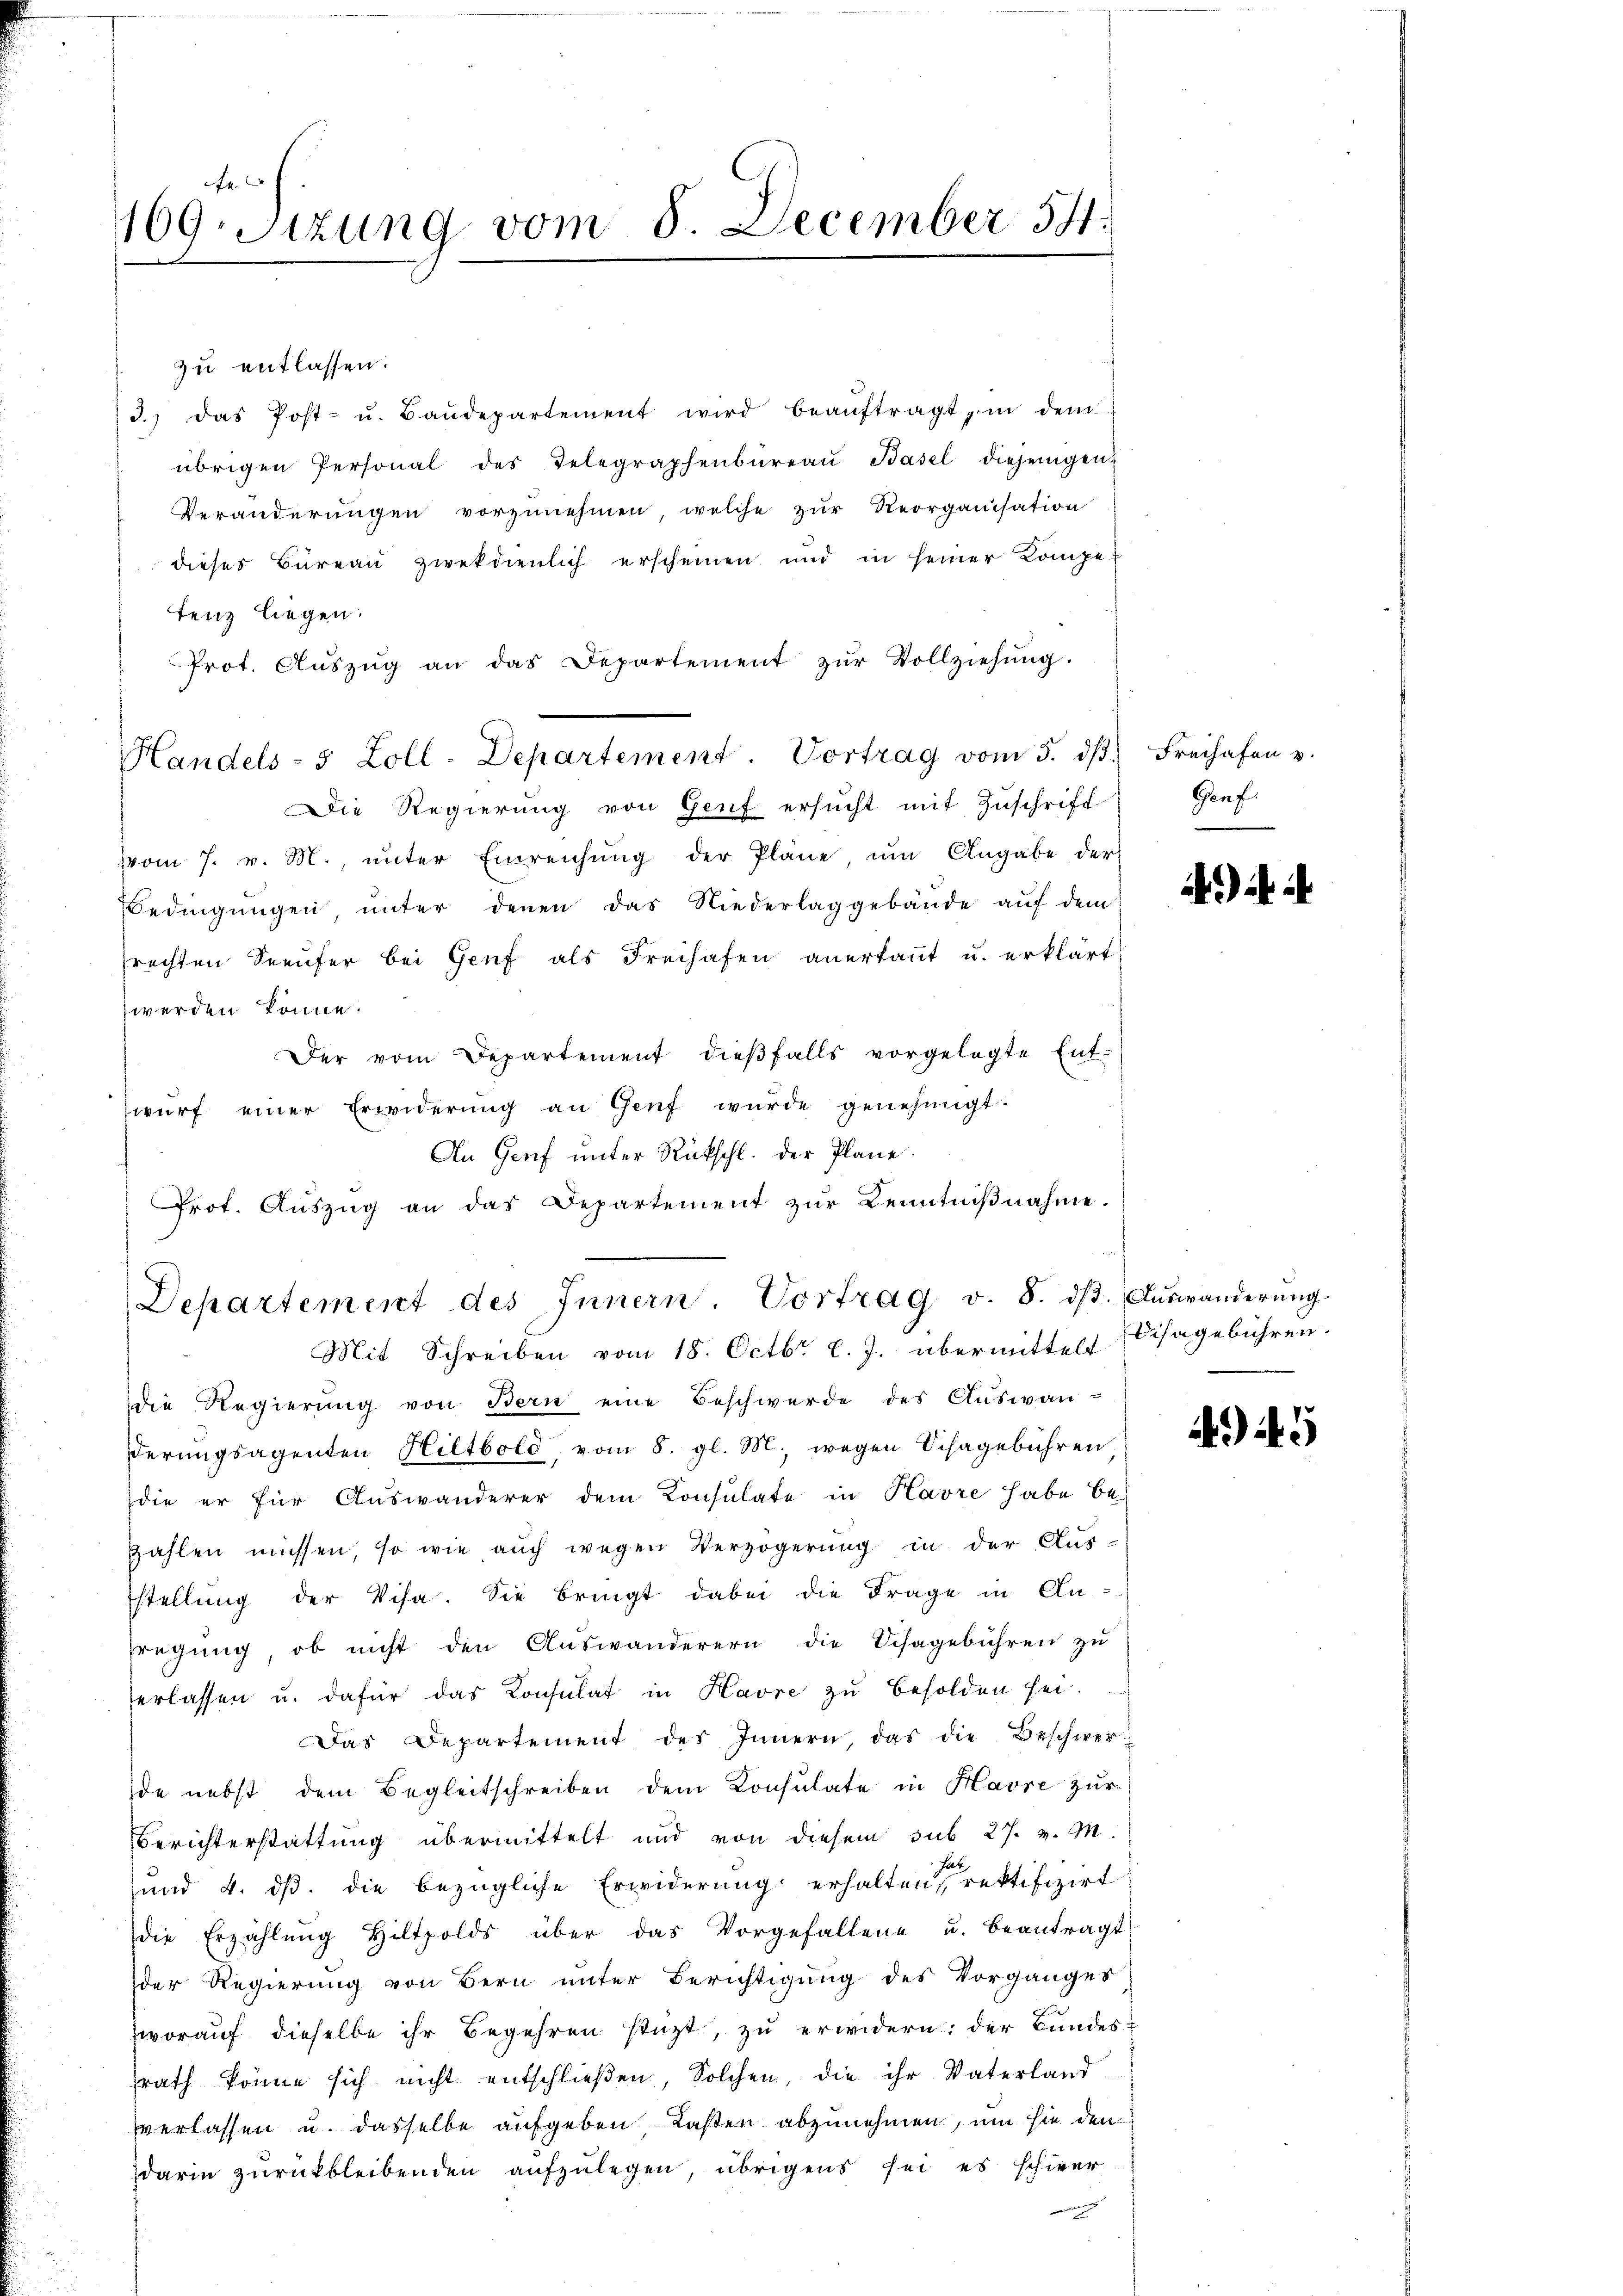
109. Sizung vom 8. December 591.

3.) das Post- u. Baŭdepartement wird beaŭftragt, in dem
übrigen Personal des Telegraphenbüreaŭ Basel diejenigen
Veränderungen vorzunehmen welche zur Reorganisation
dieses Büreaŭ zweckdienlich erscheinen und in seiner Kompetenz liegen.
Prot. Aŭszŭg an das Departement zŭr Vollziehŭng.
Die Regierŭng von Genf ersŭcht mit Zŭschrift Genf.
vom 7. v. M., unter Einreichung der Pläne ŭm Angabe der
Bedingungen, unter denen das Niederlaggebäude auf dem
rechten Seeufer bei Genf als Freihafen anerkannt u. erklärt
werden könne.
Der vom Departement dieβfalls vorgelegte Ent-
wŭrf einer Erwiderŭng an Genf würde genehmigt.
An Genf unter Rückschl. der Plane.
Prot. Auszug an das Departement zur Kenntnißnahme.
Mit Schreiben vom 18. Octbr. l. J. übermittelt (Disagebühren.
die Regierŭng von Bern eine Beschwerde des Auswanderungsagenten Hiltbold, vom 8. gl. M. wegen Schagebühren
die er für Auswanderer dem Konsulate in Havre habe bezahlen müssen, so wie auch wegen Verzögerung in der Aus-
stellung der Visa. Sie bringt dabei die Frage in An-
fregung, ob nicht den Auswanderern die Schagebühren zu
erlassen u. dafür das Consulat in Havre zŭ besolden sei.
Das Departement des Innern, das die Beschwerde nebst dem Begleitschreiben dem Konsulate in Havre zur
Berichterstattung übermittelt und von diesem sub 27. v. M
und 4. dβ. die bezügliche Erwiderung erhalten rektifizirt
die Erzählŭng Hiltpolds über das Vorgefallene u. beantragt
der Regierung von Bern unter Berichtigung des Vorganges
worauf dieselbe ihr Begehren stüzt, zu erwidern: der Bundessrath könne sich nicht entschließen, Solchen, die ihr Vaterland
verlassen u. dasselbe aufgeben Lasten abzunehmen, um sie den
darin zurückbleibenden aufzulegen, übrigens sei es schwer

zu entlassen:

Handels- 5 Zoll-Departement. Vortrag vom 5. dβ. Freihafen v

Departement des Innern. Vortrag v. 8. dβ. Aŭswänderŭng

i

4945